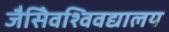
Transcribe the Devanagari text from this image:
जैसेिवश्विवद्यालय